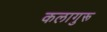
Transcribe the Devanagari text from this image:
कलागुरू